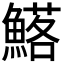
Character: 𮬉